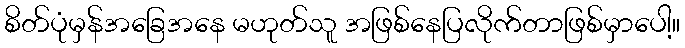
စိတ်ပုံမှန်အခြေအနေ မဟုတ်သူ အဖြစ်နေပြလိုက်တာဖြစ်မှာပေါ့။